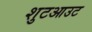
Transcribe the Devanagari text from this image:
शुटआउट